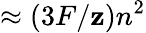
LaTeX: \approx(3F/\mathbf{z})n^{2}